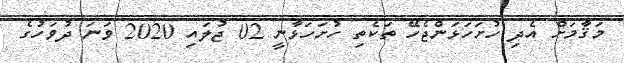
މަޤާމަށް އެދި ހުށަހަޅަންޖެހޭ ތަކެތި ހުށަހަޅާނީ 02 ޖުލައި 2020 ވަނަ ދުވަހުގެ